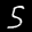
Label: 5